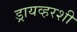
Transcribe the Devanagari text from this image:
ड्रायव्हरशी